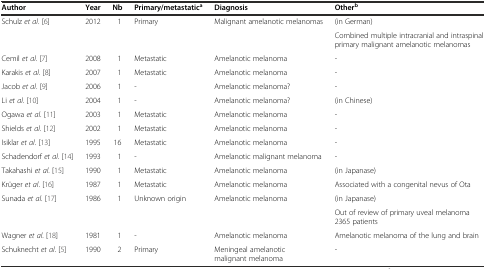
<table><thead><tr><td><b>Author</b></td><td><b>Year</b></td><td><b>Nb</b></td><td><b>Primary/metastatic<sup>a</sup></b></td><td><b>Diagnosis</b></td><td><b>Other<sup>b</sup></b></td></tr></thead><tbody><tr><td rowspan="2">Schulz <i>et al</i>. [6]</td><td rowspan="2">2012</td><td rowspan="2">1</td><td rowspan="2">Primary</td><td rowspan="2">Malignant amelanotic melanomas</td><td>(in German)</td></tr><tr><td>Combined multiple intracranial and intraspinal primary malignant amelanotic melanomas</td></tr><tr><td>Cemil <i>et al</i>. [7]</td><td>2008</td><td>1</td><td>Metastatic</td><td>Amelanotic melanoma</td><td>-</td></tr><tr><td>Karakis <i>et al</i>. [8]</td><td>2007</td><td>1</td><td>Metastatic</td><td>Amelanotic melanoma</td><td>-</td></tr><tr><td>Jacob <i>et al</i>. [9]</td><td>2006</td><td>1</td><td>-</td><td>Amelanotic melanoma?</td><td>-</td></tr><tr><td>Li <i>et al</i>. [10]</td><td>2004</td><td>1</td><td>-</td><td>Amelanotic melanoma?</td><td>(in Chinese)</td></tr><tr><td>Ogawa <i>et al</i>. [11]</td><td>2003</td><td>1</td><td>Metastatic</td><td>Amelanotic melanoma</td><td>-</td></tr><tr><td>Shields <i>et al</i>. [12]</td><td>2002</td><td>1</td><td>Metastatic</td><td>Amelanotic melanoma</td><td>-</td></tr><tr><td>Isiklar <i>et al</i>. [13]</td><td>1995</td><td>16</td><td>Metastatic</td><td>Amelanotic melanoma</td><td>-</td></tr><tr><td>Schadendorf <i>et al</i>. [14]</td><td>1993</td><td>1</td><td>-</td><td>Amelanotic malignant melanoma</td><td>-</td></tr><tr><td>Takahashi <i>et al</i>. [15]</td><td>1990</td><td>1</td><td>Metastatic</td><td>Amelanotic melanoma</td><td>(in Japanase)</td></tr><tr><td>Krüger <i>et al</i>. [16]</td><td>1987</td><td>1</td><td>Metastatic</td><td>Amelanotic melanoma</td><td>Associated with a congenital nevus of Ota</td></tr><tr><td rowspan="2">Sunada <i>et al</i>. [17]</td><td rowspan="2">1986</td><td rowspan="2">1</td><td rowspan="2">Unknown origin</td><td rowspan="2">Amelanotic melanoma</td><td>(in Japanase)</td></tr><tr><td>Out of review of primary uveal melanoma 2365 patients</td></tr><tr><td>Wagner <i>et al</i>. [18]</td><td>1981</td><td>1</td><td>-</td><td>Amelanotic melanoma</td><td>Amelanotic melanoma of the lung and brain</td></tr><tr><td>Schuknecht <i>et al</i>. [5]</td><td>1990</td><td>2</td><td>Primary</td><td>Meningeal amelanotic malignant melanoma</td><td>-</td></tr></tbody></table>